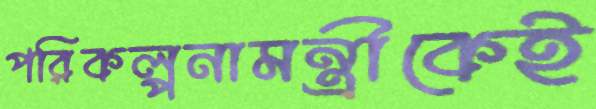
পরিকল্পনামন্ত্রীকেই